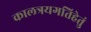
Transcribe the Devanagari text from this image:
कालत्रयगतिहेतुं